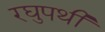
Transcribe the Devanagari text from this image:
रघुपथी